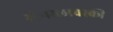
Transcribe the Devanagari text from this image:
स्टेनस्लावस्की